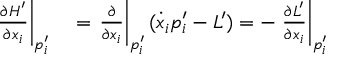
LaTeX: \begin{array} { r l } { \left. { \frac { \partial H ^ { \prime } } { \partial { x _ { i } } } } \right| _ { p _ { i } ^ { \prime } } } & { { } = \left. { \frac { \partial } { \partial { x _ { i } } } } \right| _ { p _ { i } ^ { \prime } } ( { \dot { x } } _ { i } p _ { i } ^ { \prime } - L ^ { \prime } ) = - \left. { \frac { \partial L ^ { \prime } } { \partial { x _ { i } } } } \right| _ { p _ { i } ^ { \prime } } } \end{array}